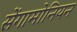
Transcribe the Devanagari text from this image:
सेंगामोनियन